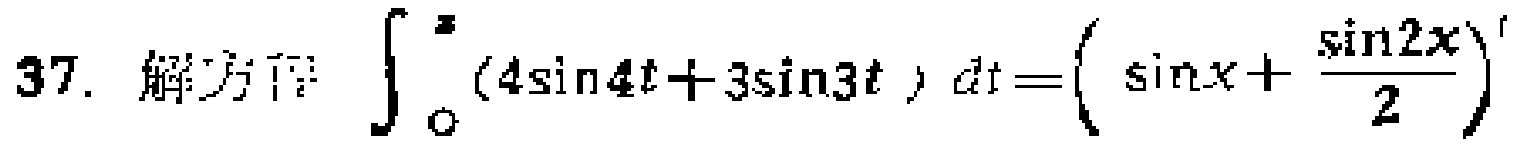
37. 解方程：$\int_{0}^{x}(4\sin 4t + 3\sin 3t)\,dt = \left(\sin x+\frac{\sin 2x}{2}\right)'$